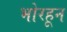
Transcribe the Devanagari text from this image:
भोरहून